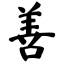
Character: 善